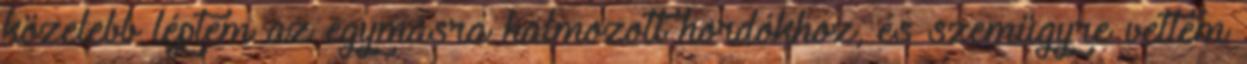
közelebb léptem az egymásra halmozott hordókhoz, és szemügyre vettem